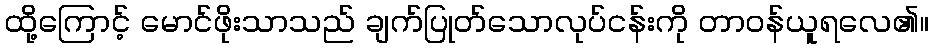
ထို့ကြောင့် မောင်ဖိုးသာသည် ချက်ပြုတ်သောလုပ်ငန်းကို တာဝန်ယူရလေ၏။